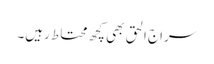
سراج الحق بھی کچھ محتاط رہیں۔